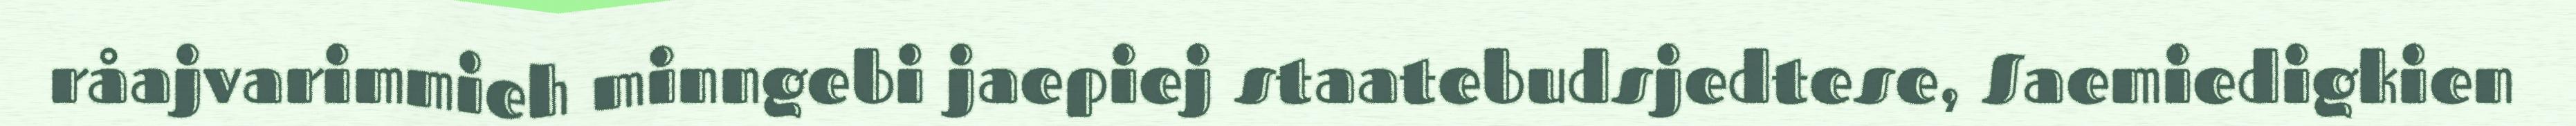
råajvarimmieh minngebi jaepiej staatebudsjedtese, Saemiedigkien